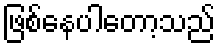
ဖြစ်နေပါတော့သည်